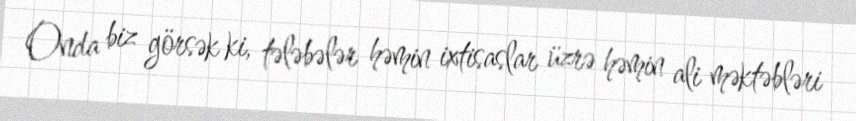
Onda biz görsək ki, tələbələr həmin ixtisaslar üzrə həmin ali məktəbləri